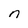
Character: n